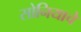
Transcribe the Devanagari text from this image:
सोनियाचे